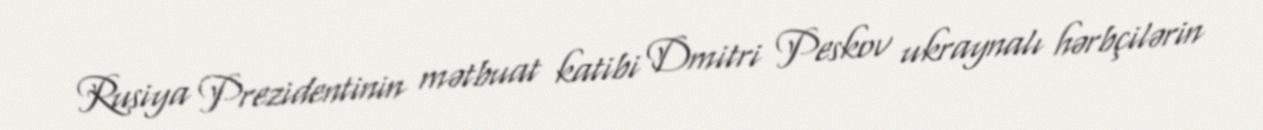
Rusiya Prezidentinin mətbuat katibi Dmitri Peskov ukraynalı hərbçilərin